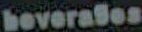
beverages